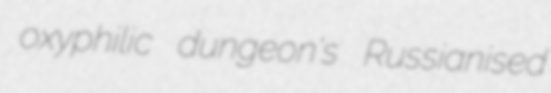
oxyphilic dungeon's Russianised